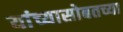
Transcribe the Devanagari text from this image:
यांच्यासोबतच्या